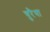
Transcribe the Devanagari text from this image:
चुरैथा